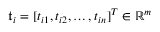
\mathfrak { t } _ { i } = [ t _ { i 1 } , t _ { i 2 } , \ldots , t _ { i n } ] ^ { T } \in \mathbb { R } ^ { m }